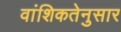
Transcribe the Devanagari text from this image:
वांशिकतेनुसार